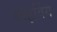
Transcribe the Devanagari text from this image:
श्राइविंग